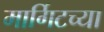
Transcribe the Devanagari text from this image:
मार्गिटच्या